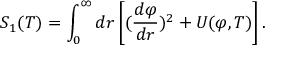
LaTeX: S _ { 1 } ( T ) = \int _ { 0 } ^ { \infty } d r \left[ ( { \frac { d \varphi } { d r } } ) ^ { 2 } + U ( \varphi , T ) \right] .